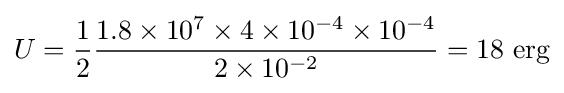
U={\frac {1}{2}}{\frac {1.8\times 10^{7}\times 4\times 10^{-4}\times 10^{-4}}{2\times 10^{-2}}}=18\ {\text{erg}}